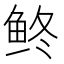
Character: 鿴